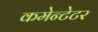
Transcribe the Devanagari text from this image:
कमेन्टेटर